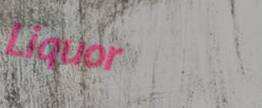
Liquor